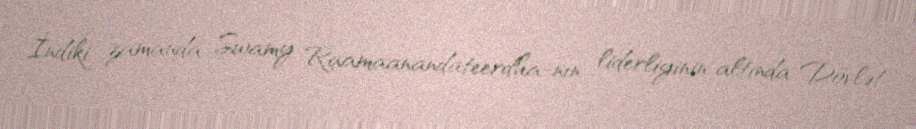
İndiki zamanda, Swamy Raamaanandateerdha-nın liderliyinin altında Dövlət